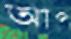
আপ